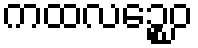
ကထလဉ္စေဝ